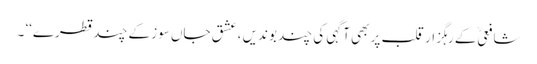
شافعیؒ کے رہگزار قلب پر بھی آگہی کی چند بوندیں ، عشق جاں سوز کے چند قطرے‘‘ ۔